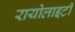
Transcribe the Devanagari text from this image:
रायोलाइटी